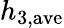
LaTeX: h_{\mathrm{3,ave}}